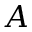
A